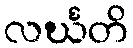
လင်္ဃတိ